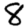
Digit: 8